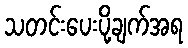
သတင်းပေးပို့ချက်အရ